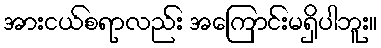
အားငယ်စရာလည်း အကြောင်းမရှိပါဘူး။